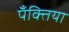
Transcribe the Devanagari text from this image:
पँक्तिया